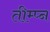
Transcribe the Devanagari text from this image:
तीम्प्न